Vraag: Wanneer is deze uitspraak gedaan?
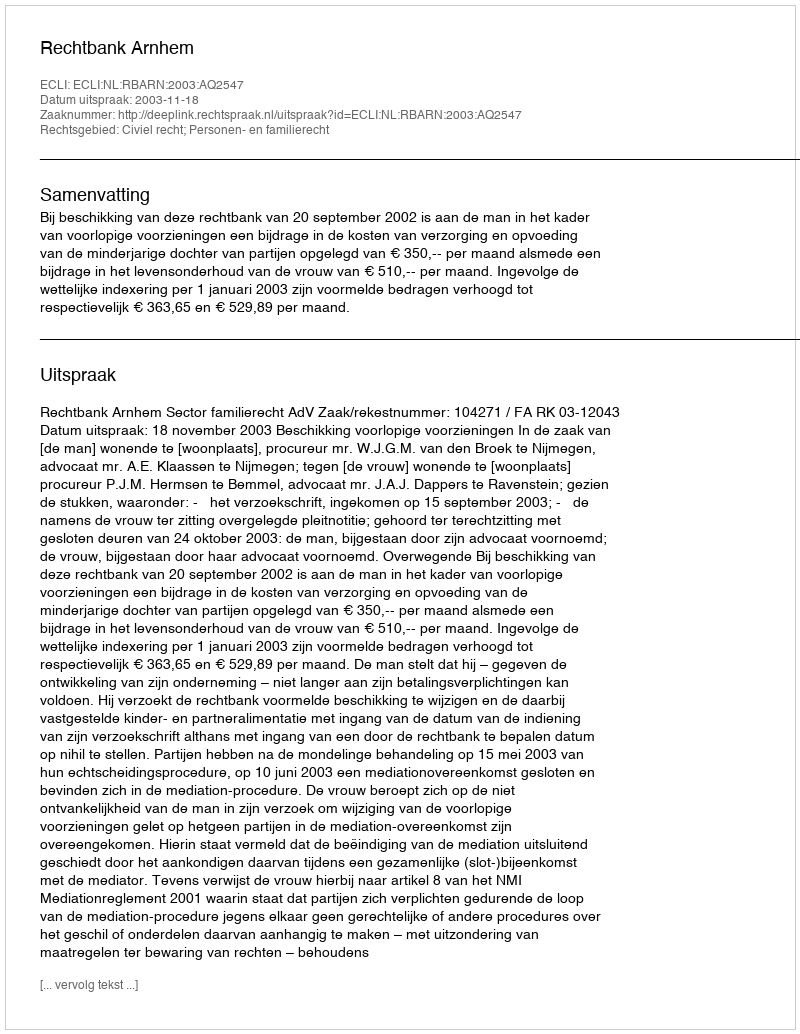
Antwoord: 2003-11-18